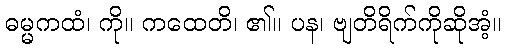
ဓမ္မကထံ၊ ကို။ ကထေတိ၊ ၏။ ပန၊ ဗျတိရိက်ကိုဆိုအံ့။